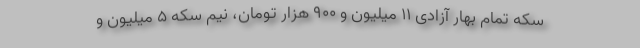
سکه تمام بهار آزادی ۱۱ میلیون و ۹۰۰ هزار تومان، نیم سکه ۵ میلیون و